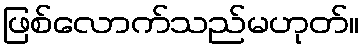
ဖြစ်လောက်သည်မဟုတ်။